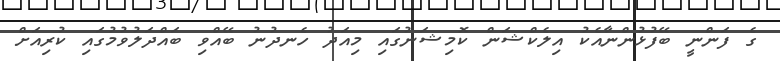
ގެ ފަންނީ ބޭފުޅުންނާއެކު އިލެކްޝަން ކޮމިޝަނުގައި މިއަދު ހެނދުނު ބޭއްވި ބައްދަލުވުމުގައި ކުރިއަށް